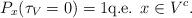
LaTeX: \begin{align*}P_x(\tau_V=0)=1 \mbox{q.e. }x\in V^c.\end{align*}